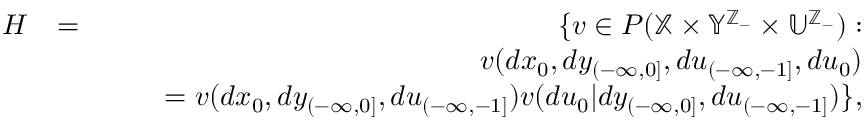
\begin{array} { r l r } { { \cal H } } & { = } & { \{ v \in { \cal P } ( \mathbb { X } \times \mathbb { Y } ^ { \mathbb { Z } _ { - } } \times \mathbb { U } ^ { \mathbb { Z } _ { - } } ) : } \\ & { } & { \quad v ( d x _ { 0 } , d y _ { ( - \infty , 0 ] } , d u _ { ( - \infty , - 1 ] } , d u _ { 0 } ) } \\ & { } & { \quad \quad = v ( d x _ { 0 } , d y _ { ( - \infty , 0 ] } , d u _ { ( - \infty , - 1 ] } ) v ( d u _ { 0 } | d y _ { ( - \infty , 0 ] } , d u _ { ( - \infty , - 1 ] } ) \} , } \end{array}